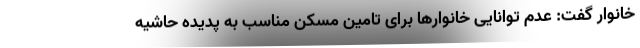
خانوار گفت: عدم توانایی خانوارها برای تامین مسکن مناسب به پدیده حاشیه